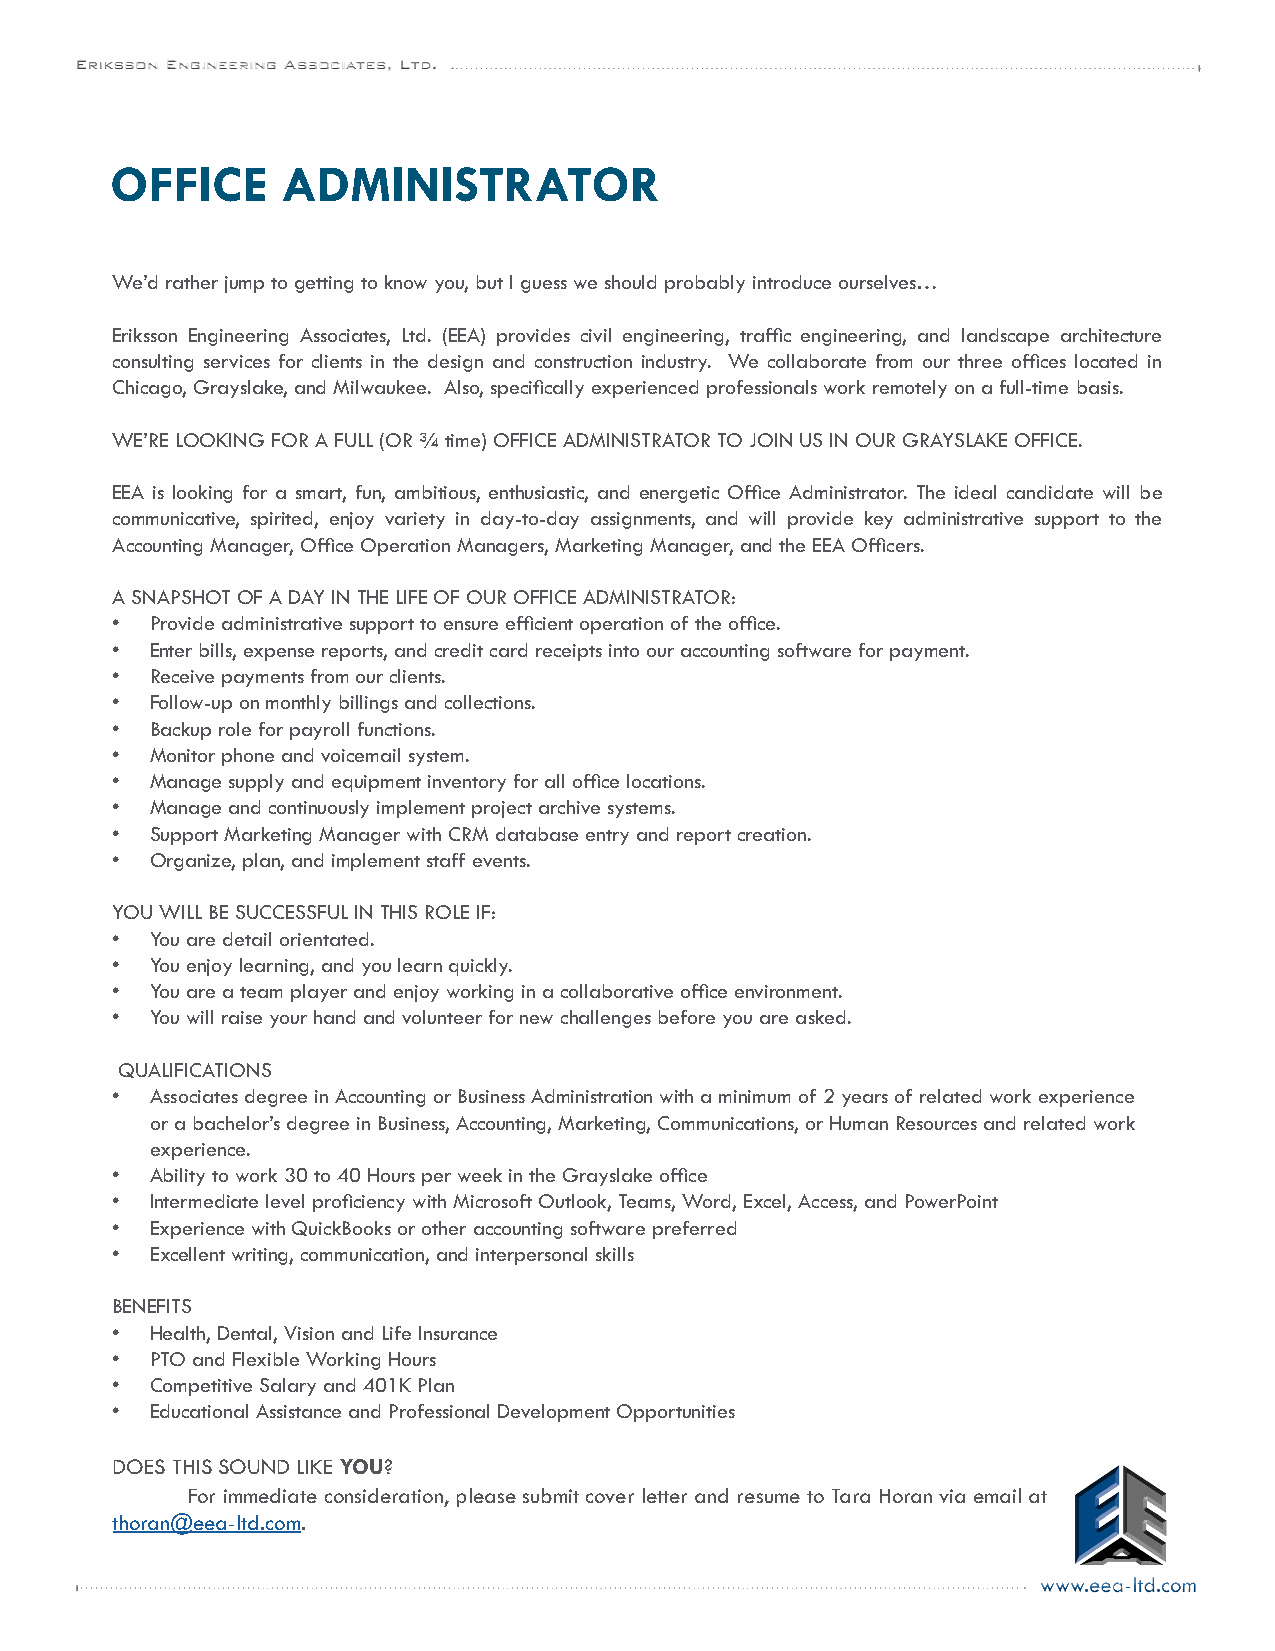
Eriksson Engineering Associates, Ltd.
 OFFICE      ADMINISTRATOR
 We’d rather jump to getting to know you, but I guess we should probably introduce ourselves…
 Eriksson Engineering Associates, Ltd. (EEA) provides civil engineering, traffic engineering, and landscape architecture
 consulting services for clients in the design and construction industry. We collaborate from our three offices located in
 Chicago, Grayslake, and Milwaukee. Also, specifically experienced professionals work remotely on a full-time basis.
 WE’RE LOOKING FOR A FULL (OR ¾ time) OFFICE ADMINISTRATOR TO JOIN US IN OUR GRAYSLAKE OFFICE.
 EEA is looking for a smart, fun, ambitious, enthusiastic, and energetic Office Administrator. The ideal candidate will be
 communicative, spirited, enjoy variety in day-to-day assignments, and will provide key administrative support to the
 Accounting Manager, Office Operation Managers, Marketing Manager, and the EEA Officers.
 A SNAPSHOT OF A DAY IN THE LIFE OF OUR OFFICE ADMINISTRATOR:
 •  Provide administrative support to ensure efficient operation of the office.
 •  Enter bills, expense reports, and credit card receipts into our accounting software for payment.
 •  Receive payments from our clients.
 •  Follow-up on monthly billings and collections.
 •  Backup role for payroll functions.
 •  Monitor phone and voicemail system.
 •  Manage supply and equipment inventory for all office locations.
 •  Manage and continuously implement project archive systems.
 •  Support Marketing Manager with CRM database entry and report creation.
 •  Organize, plan, and implement staff events.
 YOU WILL BE SUCCESSFUL IN THIS ROLE IF:
 •  You are detail orientated.
 •  You enjoy learning, and you learn quickly.
 •  You are a team player and enjoy working in a collaborative office environment.
 •  You will raise your hand and volunteer for new challenges before you are asked.
 QUALIFICATIONS
 •  Associates degree in Accounting or Business Administration with a minimum of 2 years of related work experience
 or a bachelor’s degree in Business, Accounting, Marketing, Communications, or Human Resources and related work
 experience.
 •  Ability to work 30 to 40 Hours per week in the Grayslake office
 •  Intermediate level proficiency with Microsoft Outlook, Teams, Word, Excel, Access, and PowerPoint
 •  Experience with QuickBooks or other accounting software preferred
 •  Excellent writing, communication, and interpersonal skills
 BENEFITS
 •  Health, Dental, Vision and Life Insurance
 •  PTO and Flexible Working Hours
 •  Competitive Salary and 401K Plan
 •  Educational Assistance and Professional Development Opportunities
 DOES THIS SOUND LIKE YOU?
 For immediate consideration, please submit cover letter and resume to Tara Horan via email at
 thoran@eea-ltd.com.
 www.eea-ltd.com